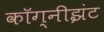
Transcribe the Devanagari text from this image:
कॉग्नीझंट